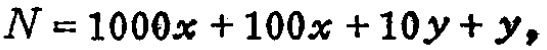
\(N = 1000x + 100x + 10y + y\)